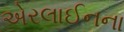
એરલાઈનના